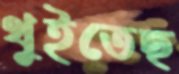
থুইতেছ